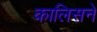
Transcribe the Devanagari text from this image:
कालिसने